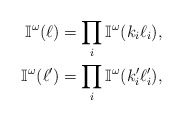
\begin{align*}\mathbb{I}^\omega(\ell) &= \prod_i\mathbb{I}^\omega(k_i\ell_i), \\\mathbb{I}^\omega(\ell') &= \prod_i\mathbb{I}^\omega(k_i'\ell_i'),\end{align*}